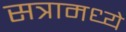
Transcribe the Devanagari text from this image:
सत्रामध्ये